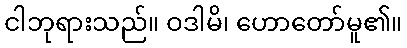
ငါဘုရားသည်။ ဝဒါမိ၊ ဟောတော်မူ၏။